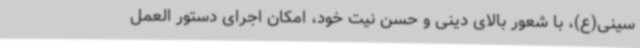
سینی(ع)، با شعور بالای دینی و حسن نیت خود، امکان اجرای دستور العمل